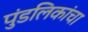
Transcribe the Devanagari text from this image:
पुंडलिकांचा